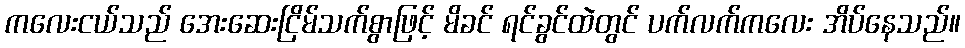
ကလေးငယ်သည် အေးဆေးငြိမ်သက်စွာဖြင့် မိခင် ရင်ခွင်ထဲတွင် ပက်လက်ကလေး အိပ်နေသည်။